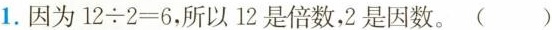
1. 因为 $$1 2 \div 2 = 6$$，所以12是倍数，2是因数。()